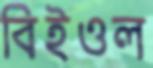
বিইওল